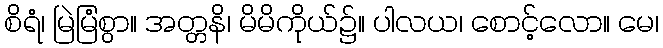
စိရံ၊ မြဲမြံစွာ။ အတ္တနိ၊ မိမိကိုယ်၌။ ပါလယ၊ စောင့်လော။ မေ၊